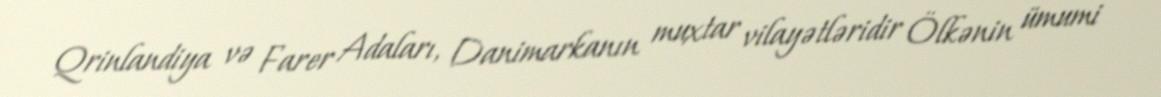
Qrinlandiya və Farer Adaları, Danimarkanın muxtar vilayətləridir Ölkənin ümumi